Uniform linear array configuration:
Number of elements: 48
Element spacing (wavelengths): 0.5
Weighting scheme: hamming
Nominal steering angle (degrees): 0
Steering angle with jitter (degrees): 0.398
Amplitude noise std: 0.05
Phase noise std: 0.05

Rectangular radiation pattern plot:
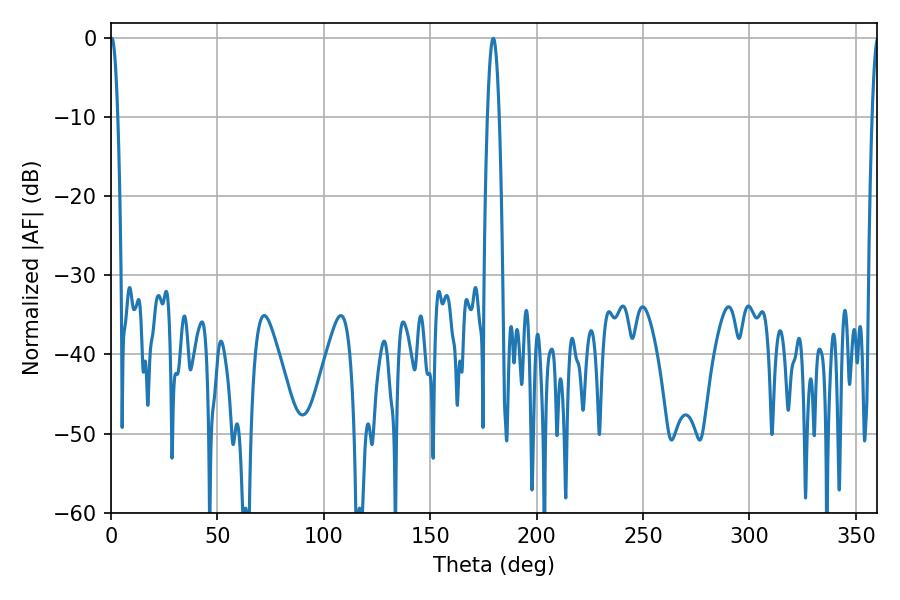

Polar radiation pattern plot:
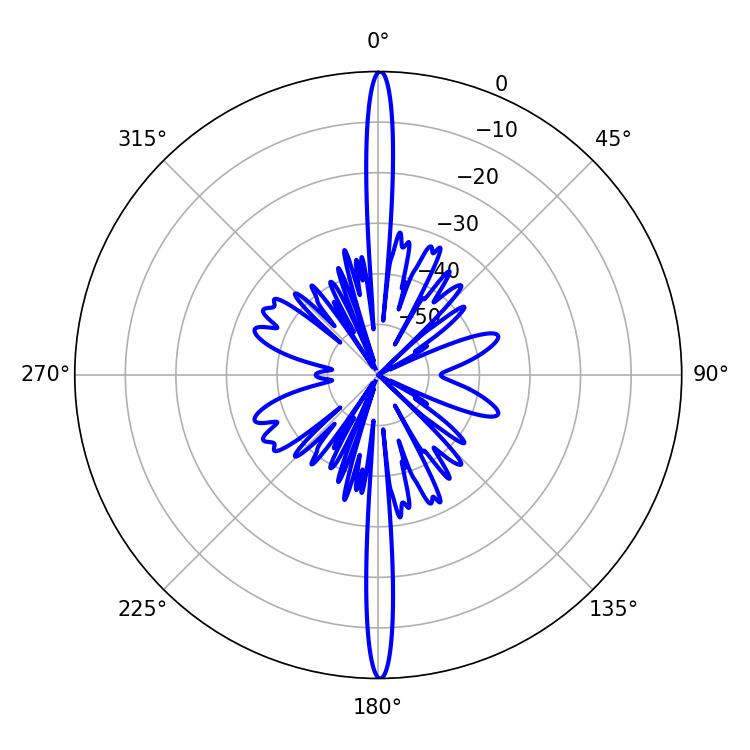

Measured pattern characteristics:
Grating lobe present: FALSE
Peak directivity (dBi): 34.411
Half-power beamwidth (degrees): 1.8
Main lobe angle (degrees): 0.36